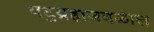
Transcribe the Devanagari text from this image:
बटुग्रहाजवळील